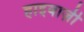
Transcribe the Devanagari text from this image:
हाइवाज़ी